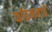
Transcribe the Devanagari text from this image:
कविमनाचे